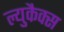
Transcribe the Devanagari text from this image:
ल्युकैक्स